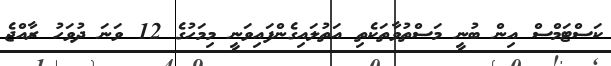
ކަސްޓަމްސް އިން ބުނީ މަސްތުވާތަކެތި އަތުލައިގެންފައިވަނީ މިމަހުގެ 12 ވަނަ ދުވަހު ރާއްޖެ